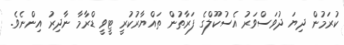
ކުރަމުން ދިޔަ ދުވަސްވަރު އެސުކޫލްގެ ފަރާތުން ތައްޔާރުކުރީ ޓީވީ ޑްރާމާ ނާދިރު އިންނެވެ.